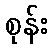
စုန်း